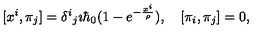
[ x ^ { i } , \pi _ { j } ] = \delta ^ { i } { } _ { j } \imath \hbar _ { 0 } ( 1 - e ^ { - \frac { x ^ { i } } { \rho } } ) , \quad [ \pi _ { i } , \pi _ { j } ] = 0 ,